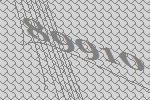
89910